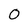
Character: O